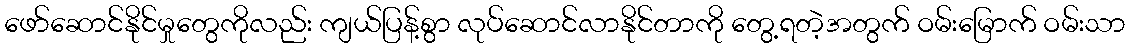
ဖော်ဆောင်နိုင်မှုတွေကိုလည်း ကျယ်ပြန့်စွာ လုပ်ဆောင်လာနိုင်တာကို တွေ့ရတဲ့အတွက် ဝမ်းမြောက် ဝမ်းသာ